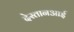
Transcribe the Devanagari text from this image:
देस्तानआई